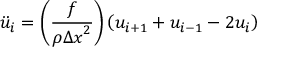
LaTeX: { \ddot { u } } _ { i } = \left( { \frac { f } { \rho { \Delta x } ^ { 2 } } } \right) \left( u _ { i + 1 } + u _ { i - 1 } - 2 u _ { i } \right)